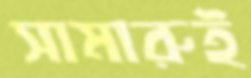
সামারুই